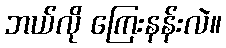
ဘယ်လို ကြေးနန်းလဲ။